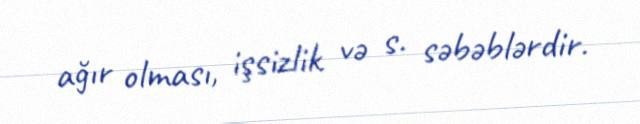
ağır olması, işsizlik və s. səbəblərdir.